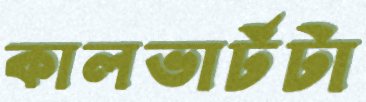
কালভার্টটা